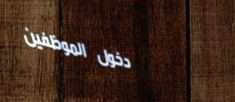
دخول الموظفين